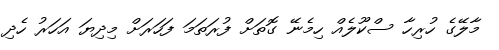
މާލޭގެ ހުރިހާ ސްކޫލެއް ހިމެނޭ ގޮތަށް ފުރަތަމަ ފަހަރަށް މިދިޔަ އަހަރު ހެދި